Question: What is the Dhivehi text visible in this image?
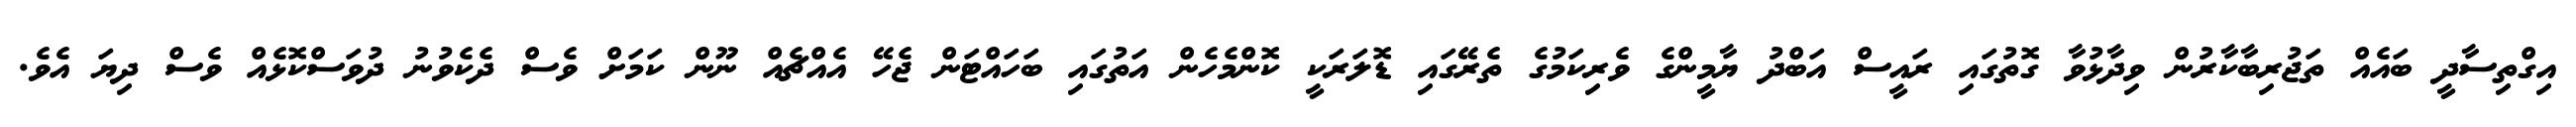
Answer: އިގްތިސާދީ ބައެއް ތަޖުރިބާކާރުން ވިދާޅުވާ ގޮތުގައި ރައީސް އަބްދު ޔާމީންގެ ވެރިކަމުގެ ތެރޭގައި ޑޮލަރަކީ ކޮންމެހެން އަތުގައި ބަހައްޓަން ޖެހޭ އެއްޗެއް ނޫން ކަމަށް ވެސް ދެކެވުނު ދުވަސްކޮޅެއް ވެސް ދިޔަ އެވެ.